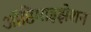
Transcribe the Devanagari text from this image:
ऑप्टिमाइझेशन